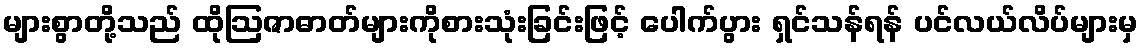
များစွာတို့သည် ထိုဩဇာဓာတ်များကိုစားသုံးခြင်းဖြင့် ပေါက်ပွား ရှင်သန်ရန် ပင်လယ်လိပ်များမှ